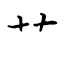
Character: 艹